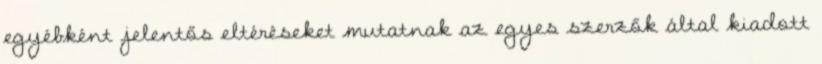
egyébként jelentős eltéréseket mutatnak az egyes szerzők által kiadott